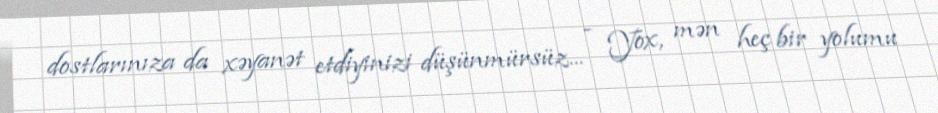
dostlarınıza da xəyanət etdiyinizi düşünmürsüz... - Yox, mən heç bir yolumu